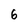
Character: 6